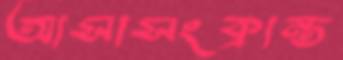
আসাসংক্রান্ত